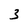
Character: 3